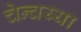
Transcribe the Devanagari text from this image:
चेन्चय्या